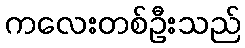
ကလေးတစ်ဦးသည်